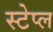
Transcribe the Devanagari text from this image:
स्टेप्ल